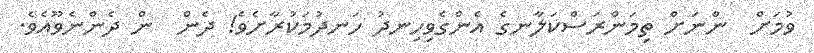
ވުމަށް  ންނަށް ތިމަންރަސްކަލާނގެ އެންގެވިހިނދު ހަނދުމަކުރާށެވެ! ދެން  ން ދެންނެވޫއެވެ.